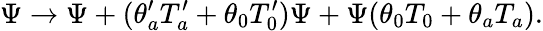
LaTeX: \Psi\rightarrow\Psi+(\theta_{a}^{\prime}T_{a}^{\prime}+\theta_{0}T_{0}^{\prime})\Psi+\Psi(\theta_{0}T_{0}+\theta_{a}T_{a}).